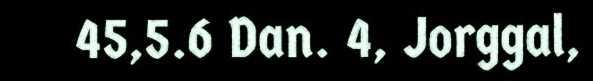
45,5.6 Dan. 4, Jorggal,